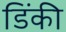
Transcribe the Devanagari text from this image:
डिंकी